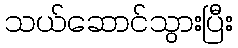
သယ်ဆောင်သွားပြီး